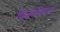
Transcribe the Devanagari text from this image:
विजयपिटक